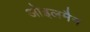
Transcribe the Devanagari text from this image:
ओइलमैन